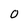
Character: 0